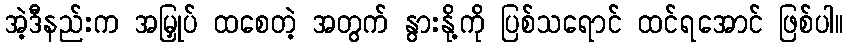
အဲ့ဒီနည်းက အမြှုပ် ထစေတဲ့ အတွက် နွားနို့ကို ပြစ်သရောင် ထင်ရအောင် ဖြစ်ပါ။